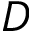
D